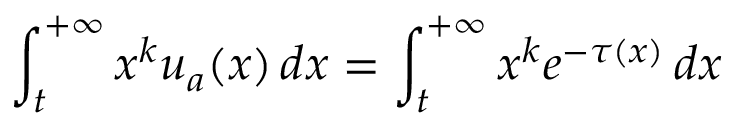
\int _ { t } ^ { + \infty } x ^ { k } u _ { a } ( x ) \, d x = \int _ { t } ^ { + \infty } x ^ { k } e ^ { - \tau ( x ) } \, d x